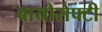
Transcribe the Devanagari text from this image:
बायोसेफ्टी